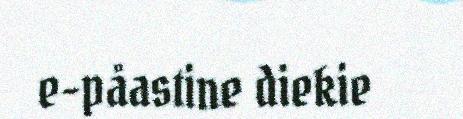
e-påastine diekie